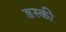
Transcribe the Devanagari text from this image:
डस्की